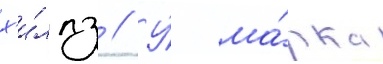
х'и́ллз // У́ ма́рка